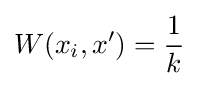
W(x_{i},x')={\frac {1}{k}}